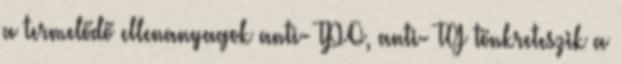
a termelődő ellenanyagok anti- TPO, anti- TG tönkreteszik a